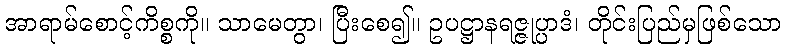
အာရာမ်စောင့်ကိစ္စကို။ သာမေတွာ၊ ပြီးစေ၍။ ဥပဋ္ဌာနရဇ္ဇုပ္ပာဒံ၊ တိုင်းပြည်မှဖြစ်သော